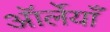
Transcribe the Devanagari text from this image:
ऑर्लेयाँ